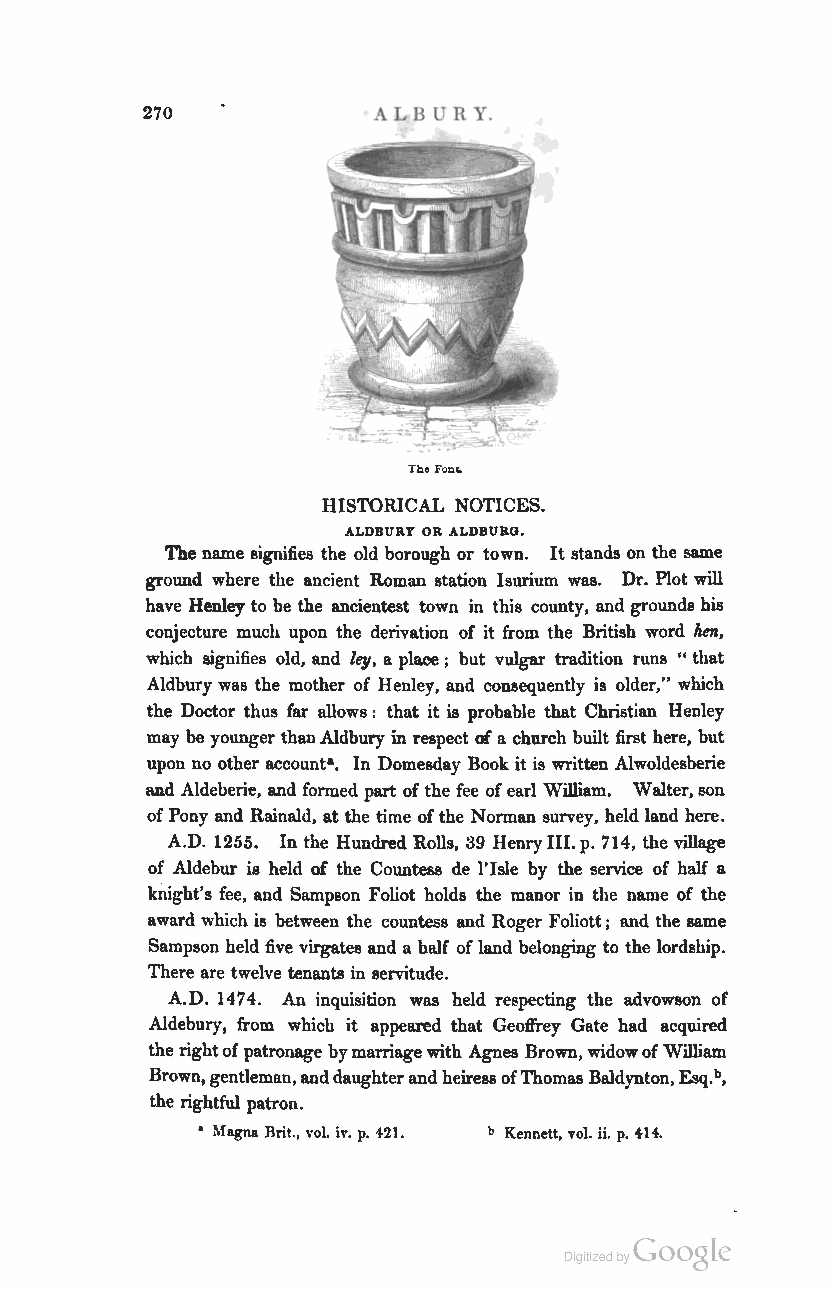
270             ALB U R Y.
 Tbe FOD"
 HISTORICAL NOTICES.
 ALDBURY OR ALDBURO.
 The name signifies the old borough or town. It stands on the same
 ground where the ancient Roman station burium was. Dr. Plot will
 have Henley to be the ancientest town in this county, and grounds his
 conjecture much upon the derivation of it from the British word hen,
 which lignifies old, and ley, a place; but vulgar tradition runs .. that
 Aldbury was the mother of Henley, and consequently is older," which
 the Doctor thus far allows: that it is probable that Christian Henley
 may be younger than Aldbury in respect of a church built first here, but
 upon no other account-. In Domesday Book it is written Alwoldesberie
 8Ad Aldeberie, and formed part of the fee of earl William. Walter, @on
 of Pony and Rainald, at the time of the Norman survey, held land here.
 A.D. 1255. In the Hundred Rolls, 39 Henry III. p. 714, the village
 of Aldebur is held of the Countess de 1'Is1e by the service of half a
 knight's fee, and Sampson Foliot holds the manor in the name of the
 award which is between the countess and Roger Foliott; and the same
 Sampson held five virgates and a half of land belonging to the lordship.
 There are twelve tenants in servitude.
 A.D. 1474. An inquisition was held respecting the advowson of
 Aldebnry, from which it appeared that Geoffrey Gate had acquired
 the right of patronage by marriage with Agnes Brown, widow of William
 Brown, gentleman, and daughter and heiress of Thomas Baldy nton, Esq. b,
 the rightful patron .
 • Magna Brit., vol. iv. p. i21. b Kennett, vol. ii. p. .. H.
 Coogle
 Digitized by